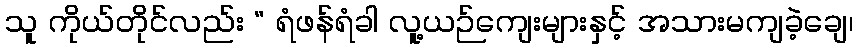
သူ ကိုယ်တိုင်လည်း “ ရံဖန်ရံခါ လူ့ယဉ်ကျေးများနှင့် အသားမကျခဲ့ချေ၊